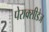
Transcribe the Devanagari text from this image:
पेराक्सीडेज